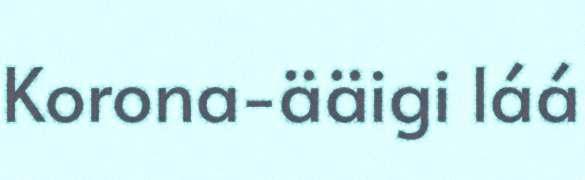
Korona-ääigi láá